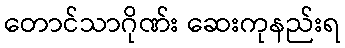
တောင်သာဂိုဏ်း ဆေးကုနည်းရ